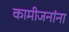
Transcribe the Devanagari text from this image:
कामीजनांना